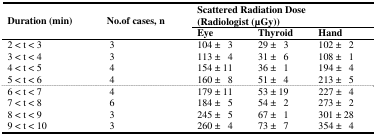
<table><thead><tr><td rowspan="2"><b>Duration (min)</b></td><td rowspan="2"><b>No.of cases, n</b></td><td colspan="3"><b>Scattered Radiation Dose(Radiologist (μGy))</b></td></tr><tr><td><b>Eye</b></td><td><b>Thyroid</b></td><td><b>Hand</b></td></tr></thead><tbody><tr><td>2 &lt; t &lt; 3</td><td>3</td><td>104 ± 3</td><td>29 ± 3</td><td>102 ± 2</td></tr><tr><td>3 &lt; t &lt; 4</td><td>3</td><td>113 ± 4</td><td>31 ± 6</td><td>108 ± 1</td></tr><tr><td>4 &lt; t &lt; 5</td><td>4</td><td>154 ± 11</td><td>36 ± 1</td><td>194 ± 4</td></tr><tr><td>5 &lt; t &lt; 6</td><td>4</td><td>160 ± 8</td><td>51 ± 4</td><td>213 ± 5</td></tr><tr><td>6 &lt; t &lt; 7</td><td>4</td><td>179 ± 11</td><td>53 ± 19</td><td>227 ± 4</td></tr><tr><td>7 &lt; t &lt; 8</td><td>6</td><td>184 ± 5</td><td>54 ± 2</td><td>273 ± 2</td></tr><tr><td>8 &lt; t &lt; 9</td><td>3</td><td>245 ± 5</td><td>67 ± 1</td><td>301 ± 28</td></tr><tr><td>9 &lt; t &lt; 10</td><td>3</td><td>260 ± 4</td><td>73 ± 7</td><td>354 ± 4</td></tr></tbody></table>